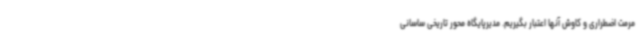
مرمت اضطراری و کاوش آنها اعتبار بگیریم. مدیرپایگاه محور تاریخی ساسانی